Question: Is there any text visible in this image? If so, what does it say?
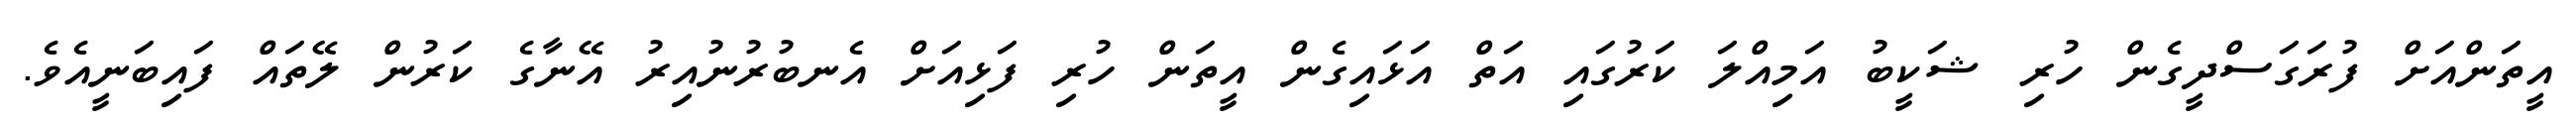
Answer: އީތަންއަށް ފުރަގަސްދީގެން ހުރި ޝަކީބު އަމިއްލަ ކަރުގައި އަތް އަޅައިގެން އީތަން ހުރި ފަޅިއަށް އެނބުރުނުއިރު އޭނާގެ ކަރުން ލޭތައް ފައިބަނީއެވެ.